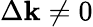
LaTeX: \Delta\mathbf{k}\neq0